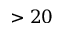
> 2 0